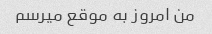
من امروز به موقع میرسم